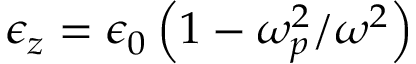
\epsilon _ { z } = \epsilon _ { 0 } \left( 1 - \omega _ { p } ^ { 2 } / \omega ^ { 2 } \right)